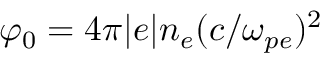
\varphi _ { 0 } = 4 \pi | e | n _ { e } ( c / \omega _ { p e } ) ^ { 2 }